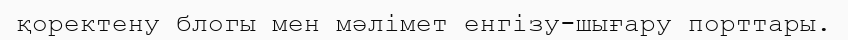
қоректену блогы мен мәлімет енгізу-шығару порттары.